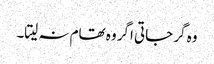
وہ گر جاتی اگر وہ تھام نہ لیتا۔